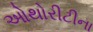
ઓથોરીટીના